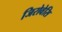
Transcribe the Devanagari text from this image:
जिरोवेसि